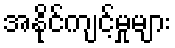
အနိုင်ကျင့်မှုများ